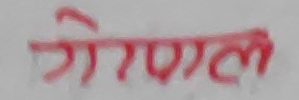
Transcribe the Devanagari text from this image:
गेणल